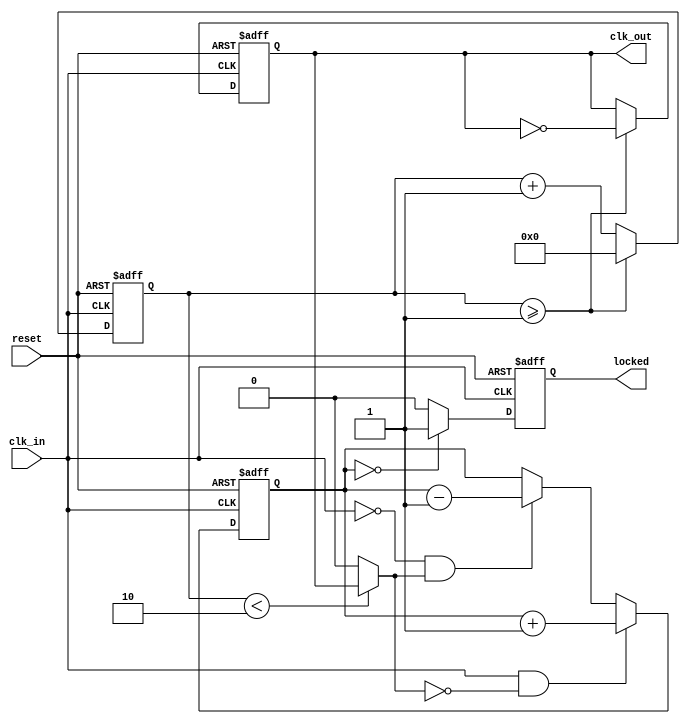
module param_pll #(
    parameter INPUT_FREQ_HZ = 100_000_000, // Input clock frequency in Hz
    parameter OUTPUT_FREQ_HZ = 50_000_000, // Desired output frequency in Hz
    parameter DIVISION_FACTOR = INPUT_FREQ_HZ / OUTPUT_FREQ_HZ, // Frequency Divider
    parameter LOOP_BANDWIDTH = 1 // Loop bandwidth parameter (for LPF tuning)
)(
    input wire clk_in,                  // Input clock
    input wire reset,                   // Reset signal
    output reg clk_out = 0,             // Output clock
    output reg locked = 0                // Lock status
);

    // Phase Detector Output (simplified)
    reg [15:0] phase_error; // Phase error signal
    wire feedback_clk; // Feedback clock from division

    // VCO control voltage based on phase error
    reg [15:0] control_voltage; 

    // Frequency Divider
    reg [31:0] div_counter = 0; // Counter for frequency division

    // Low Pass Filter (simple implementation)
    always @(posedge clk_in or posedge reset) begin
        if (reset) begin
            control_voltage <= 0;
        end else begin
            // Simple LPF implementation: control_voltage += phase_error / LOOP_BANDWIDTH
            control_voltage <= control_voltage + (phase_error / LOOP_BANDWIDTH);
        end
    end

    // Phase Detector (simplified version)
    always @(posedge clk_in or posedge reset) begin
        if (reset) begin
            phase_error <= 0;
        end else begin
            // Here you can implement the phase detection logic
            // For simplicity, we assume we have a way to determine the phase error
            // Update phase_error based on the difference between clk_in and feedback_clk
            // Example (this would need actual logic):
            if (clk_in && !feedback_clk) begin
                phase_error <= phase_error + 1; // Example logic
            end else if (!clk_in && feedback_clk) begin
                phase_error <= phase_error - 1; // Example logic
            end
        end
    end

    // VCO (simplified)
    always @(posedge clk_in or posedge reset) begin
        if (reset) begin
            clk_out <= 0;
            div_counter <= 0;
            locked <= 0;
        end else begin
            // Generate the output clock based on control_voltage
            div_counter <= div_counter + 1;
            if (div_counter >= (INPUT_FREQ_HZ / (2 * OUTPUT_FREQ_HZ))) begin
                clk_out <= ~clk_out; // Toggle output clock
                div_counter <= 0;
            end
            
            // Lock detection logic
            if (phase_error == 0) begin
                locked <= 1; // Indicate lock status
            end else begin
                locked <= 0;
            end
        end
    end

    // Feedback clock generation (frequency division)
    assign feedback_clk = (div_counter < DIVISION_FACTOR) ? clk_out : 1'b0;

endmodule